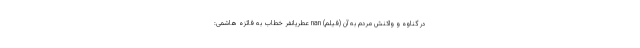
در گناوه و واکنش مردم به آن (فیلم) nan عطریانفر خطاب به فائزه هاشمی: